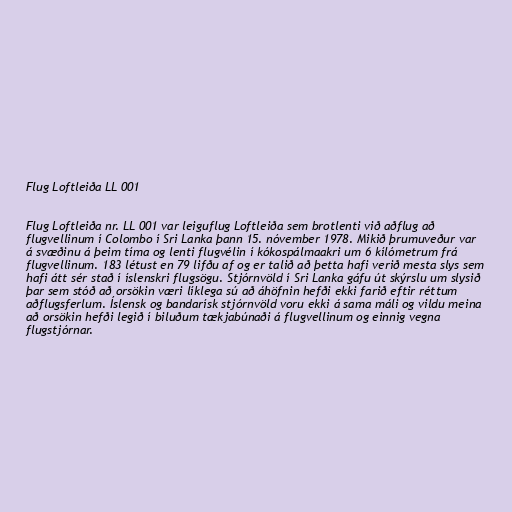
Flug Loftleiða LL 001

Flug Loftleiða nr. LL 001 var leiguflug Loftleiða sem brotlenti við aðflug að
flugvellinum í Colombo í Sri Lanka þann 15. nóvember 1978. Mikið þrumuveður var
á svæðinu á þeim tíma og lenti flugvélin í kókospálmaakri um 6 kílómetrum frá
flugvellinum. 183 létust en 79 lifðu af og er talið að þetta hafi verið mesta slys sem
hafi átt sér stað í íslenskri flugsögu. Stjórnvöld í Sri Lanka gáfu út skýrslu um slysið
þar sem stóð að orsökin væri líklega sú að áhöfnin hefði ekki farið eftir réttum
aðflugsferlum. Íslensk og bandarísk stjórnvöld voru ekki á sama máli og vildu meina
að orsökin hefði legið í biluðum tækjabúnaði á flugvellinum og einnig vegna
flugstjórnar.